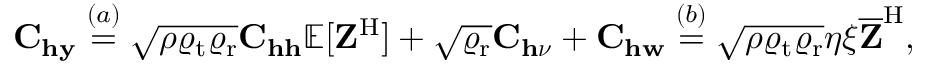
\begin{array} { r } { \mathbf { C } _ { \mathbf { h } \mathbf { y } } \overset { ( a ) } { = } \sqrt { \rho \varrho _ { \mathrm { t } } \varrho _ { \mathrm { r } } } \mathbf { C } _ { \mathbf { h } \mathbf { h } } \mathbb { E } [ \mathbf { Z } ^ { \mathrm { H } } ] + \sqrt { \varrho _ { \mathrm { r } } } \mathbf { C } _ { \mathbf { h } \boldsymbol { \nu } } + \mathbf { C } _ { \mathbf { h } \mathbf { w } } \overset { ( b ) } { = } \sqrt { \rho \varrho _ { \mathrm { t } } \varrho _ { \mathrm { r } } } \eta \xi \overline { { \mathbf { Z } } } ^ { \mathrm { H } } , } \end{array}